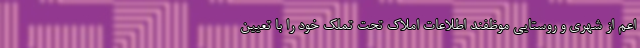
اعم از شهری و روستایی موظفند اطلاعات املاک تحت تملک خود را با تعیین